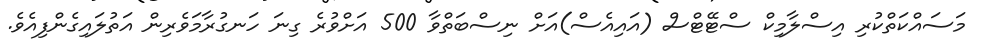
މަސައްކަތްކުރި އިސްލާމިކް ސްޓޭޓްސް (އައިއެސް)އަށް ނިސްބަތްވާ 500 އަށްވުރެ ގިނަ ހަނގުރާމަވެރިން އަތުލައިގެންފިއެވެ.